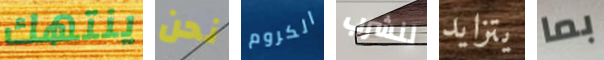
ينتهك نحن الكروم لنشرب يتزايد بما